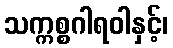
သက္ကစ္စဂါရဝါနှင့်၊